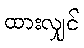
ထားလျှင်